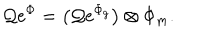
{ \cal Q } \mathrm { e } ^ { \Phi } = \bigl ( { \cal Q } \mathrm { e } ^ { \Phi _ { g } } \bigr ) \otimes \Phi _ { m } .